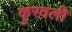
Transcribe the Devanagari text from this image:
कुरवली